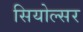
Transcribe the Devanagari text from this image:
सियोल्सर